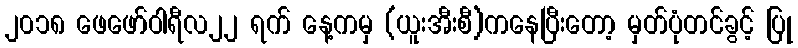
၂၀၁၈ ဖေဖော်ဝါရီလ၂၂ ရက် နေ့ကမှ (ယူးအီးစီ)ကနေပြီးတော့ မှတ်ပုံတင်ခွင့် ပြု